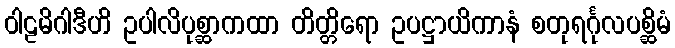
ဝါဠမိဂါဒီဟိ ဥပါလိပုစ္ဆာကထာ တိတ္တိရော ဥပဋ္ဌာယိကာနံ စတုရင်္ဂုလပစ္ဆိမံ